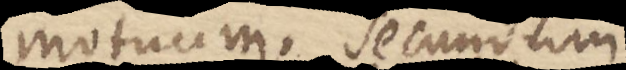
motuum. secundum